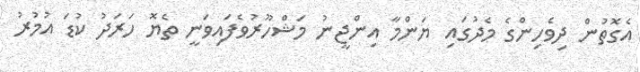
އެގޮތުން ދިވެހިންގެ މެދުގައި ޔަންމާ އިންޖީނު މަޝްހޫރުވެފައިވަނީ ތެޔޮ ހަރަދު ކުޑަ އުމުރު